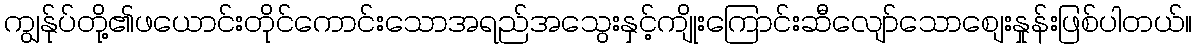
ကျွန်ုပ်တို့၏ဖယောင်းတိုင်ကောင်းသောအရည်အသွေးနှင့်ကျိုးကြောင်းဆီလျော်သောစျေးနှုန်းဖြစ်ပါတယ်။